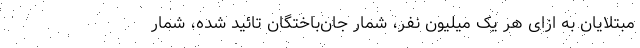
مبتلایان به ازای هر یک میلیون نفر، شمار جان‌باختگان تائید شده، شمار